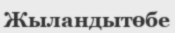
Жыландытөбе